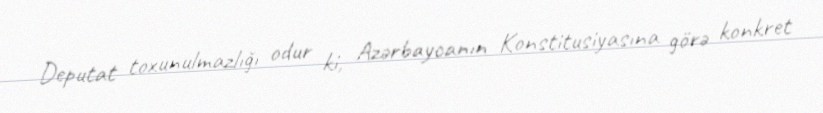
Deputat toxunulmazlığı odur ki, Azərbaycanın Konstitusiyasına görə konkret